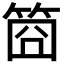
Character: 𥭮